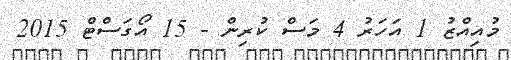
މުއިއްޒު 1 އަހަރު 4 މަސް ކުރިން - 15 އޯގަސްޓް 2015